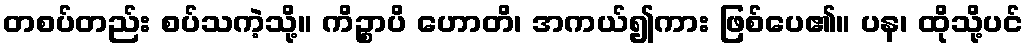
တစပ်တည်း စပ်သကဲ့သို့။ ကိဉ္စာပိ ဟောတိ၊ အကယ်၍ကား ဖြစ်ပေ၏။ ပန၊ ထိုသို့ပင်